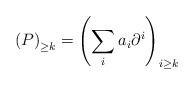
LaTeX: \begin{align*}\left(P\right)_{\geq k} = \left(\sum_{i} a_{i}\partial^{i}\right)_{i\geq k}\end{align*}